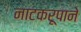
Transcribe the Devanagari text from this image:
नाटकरूपाने